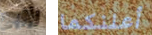
رابع أعلنكما